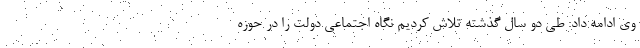
وی ادامه داد: طی دو سال گذشته تلاش کردیم نگاه اجتماعی دولت را در حوزه